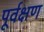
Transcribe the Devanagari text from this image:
पूर्वक्षण